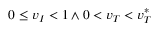
0 \le v _ { I } < 1 \land 0 < v _ { T } < v _ { T } ^ { * }